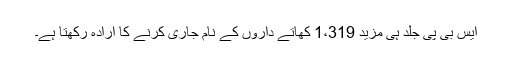
ایس بی پی جلد ہی مزید 1،319 کھاتے داروں کے نام جاری کرنے کا ارادہ رکھتا ہے۔